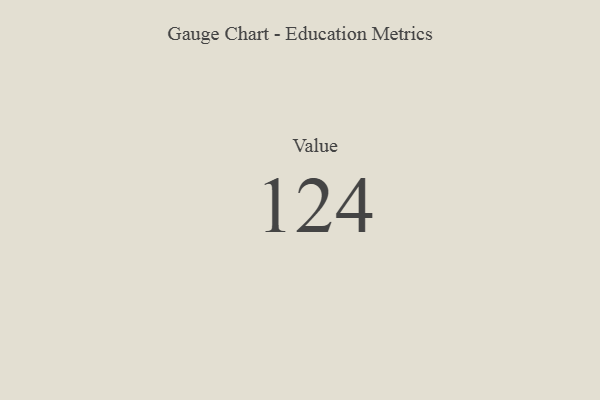
{"axis": {"x": "Metric", "y": "Value"}, "legend": [""], "data": [{"x": "Value", "y": 124, "type": ""}]}